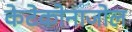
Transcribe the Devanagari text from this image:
केटेकोनाजोल